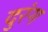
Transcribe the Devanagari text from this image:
दुरंग